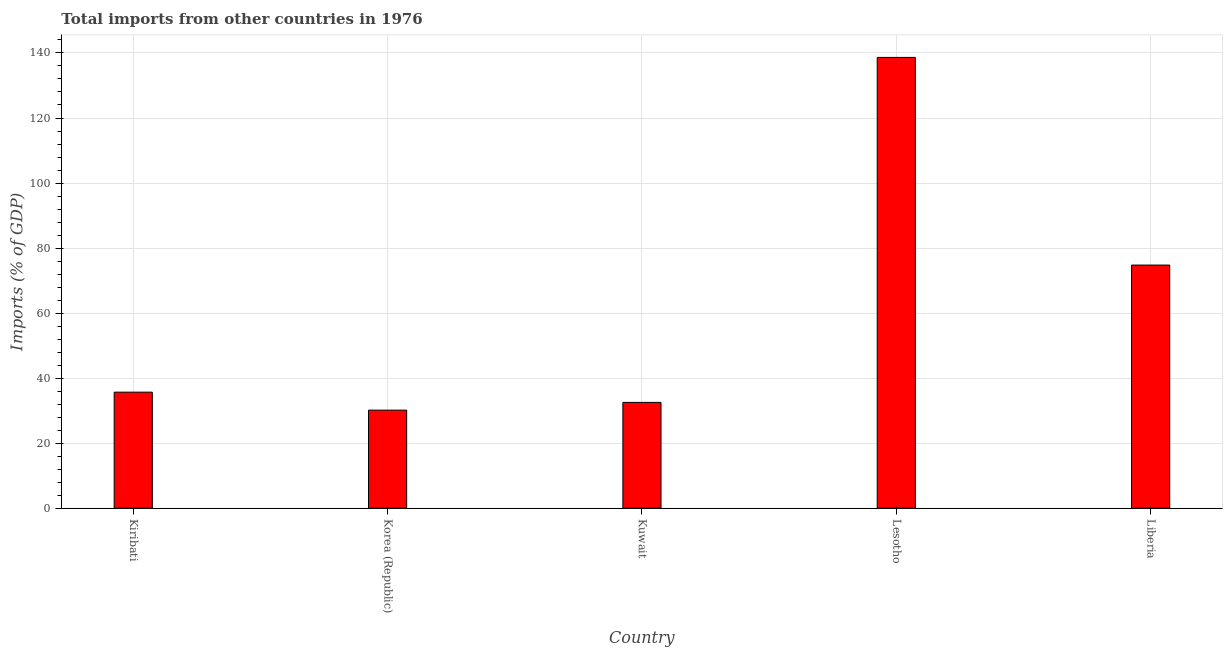
| Country | Imports |
 | --- | --- |
 | Kiribati | 35.7 |
 | Korea (Republic) | 30.2 |
 | Kuwait | 32.6 |
 | Lesotho | 139 |
 | Liberia | 74.8 |